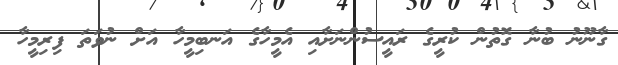
ގާނޫނު ބުނާ ގޮތުން ކުރީގެ ރައީސުންނަށާއި އެމީހާގެ އަނބިމީހާ އަށް ނުވަތަ ފިރިމީހާ